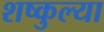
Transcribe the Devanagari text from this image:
शष्कुल्या